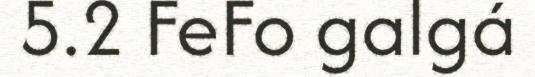
5.2 FeFo galgá